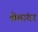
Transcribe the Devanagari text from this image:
श्वेबांतर